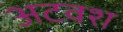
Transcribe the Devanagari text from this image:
अटवश